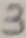
Text: 3